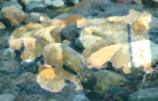
পুল্লা